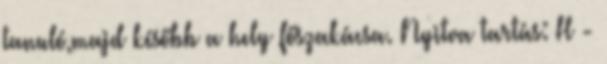
tanuló,majd később a hely főszakácsa. Nyitva tartás: H -